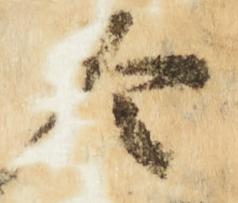
令